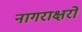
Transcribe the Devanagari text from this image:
नागराक्षरों